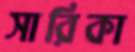
সারিকা